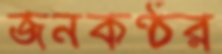
জনকণ্ঠর